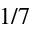
1 / 7